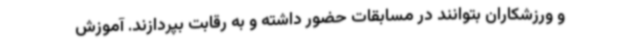
و ورزشکاران بتوانند در مسابقات حضور داشته و به رقابت بپردازند. آموزش